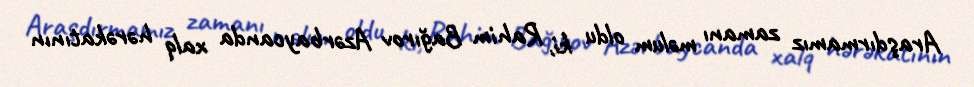
Araşdırmamız zamanı məlum oldu ki, Rahim Bağırov Azərbaycanda xalq hərəkatının